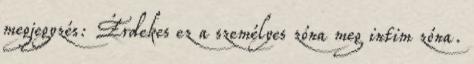
megjegyzés: Érdekes ez a személyes zóna meg intim zóna.